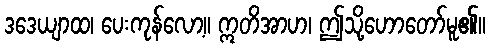
ဒဒေယျာထ၊ ပေးကုန်လော့။ ဣတိအာဟ၊ ဤသို့ဟောတော်မူ၏။